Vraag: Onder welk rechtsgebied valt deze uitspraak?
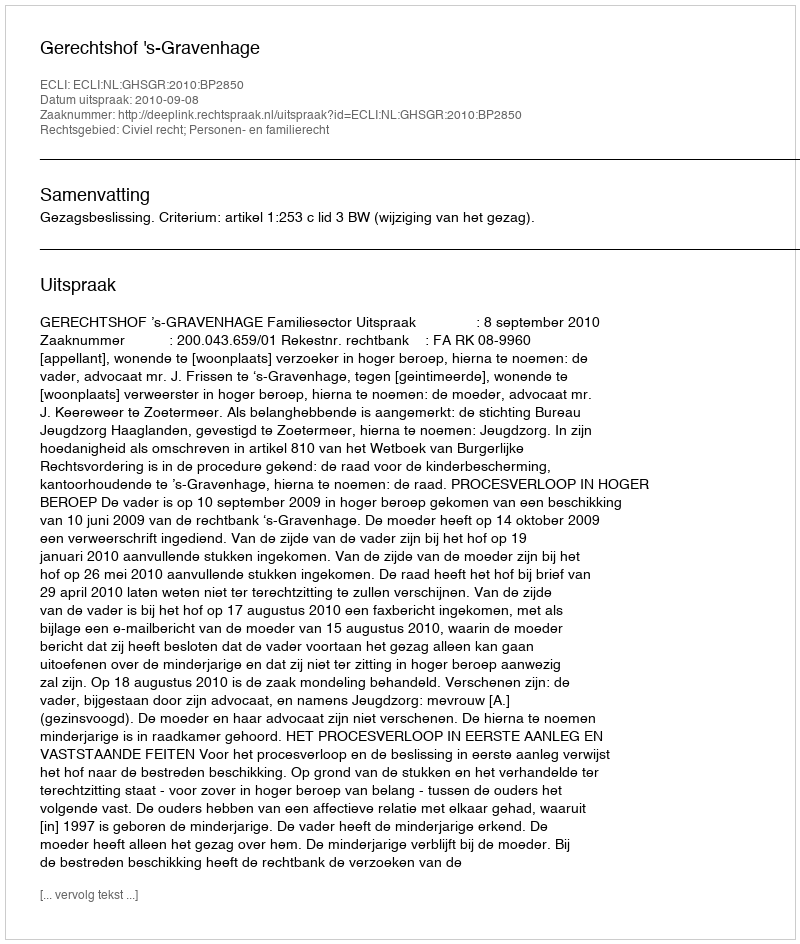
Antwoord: Civiel recht; Personen- en familierecht